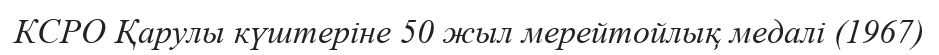
КСРО Қарулы күштеріне 50 жыл мерейтойлық медалі (1967)